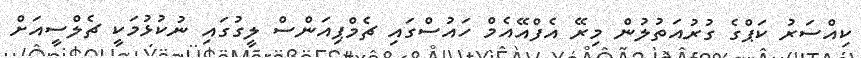
ކިއްސަރު ކަޕްގެ ގުރުއަތުލުން މިރޭ އެފްއޭއެމް ހައުސްގައި ޗެމްޕިއަންސް ލީގުގައި ނުކުޅުމަކީ ޗެލްސީއަށް